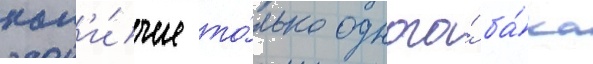
нал'и́чие то́лько одного́ ба́ка